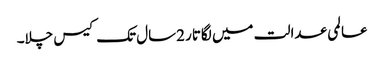
عالمی عدالت میں لگاتار 2سال تک کیس چلا۔